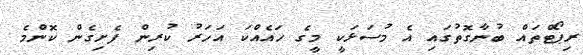
ރިޕޯޓްތައް ބުނާގޮތުގައި އެ މުސަޅަކީ މީގެ ހައެއްކަ އަހަރު ކުރިން ފެށިގެން ކޮންމެ